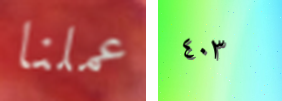
عملنا ٤٠٣